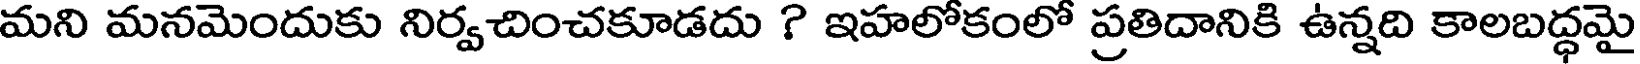
మని మనమెందుకు నిర్వచించకూడదు ? ఇహలోకంలో ప్రతిదానికి ఉన్నది కాలబద్ధమై